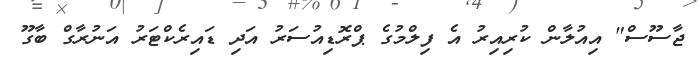
ޖާސޫސް" އިއުލާން ކުރިއިރު އެ ފިލްމުގެ ޕްރޮޑިއުސަރު އަދި ޑައިރެކްޓަރު އަނުރާގް ބާގޫ